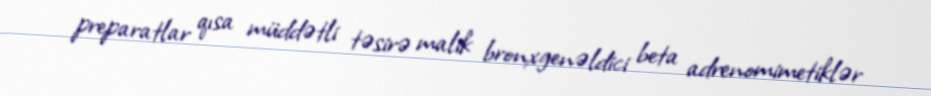
preparatlar qısa müddətli təsirə malik bronxgenəldici beta adrenomimetiklər